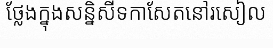
ថ្លែងក្នុងសន្និសីទកាសែតនៅរសៀល